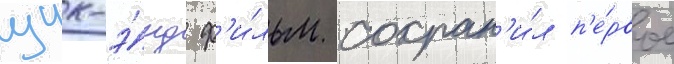
уик-э́нд ф'и́льм сохран'и́л п'е́рвое